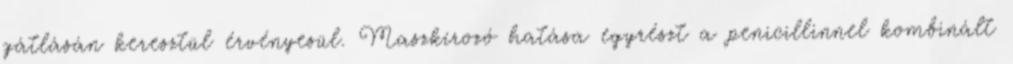
gátlásán keresztül érvényesül. Maszkírozó hatása egyrészt a penicillinnel kombinált